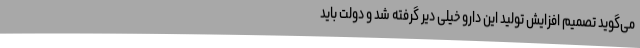
می‌گوید تصمیم افزایش تولید این دارو خیلی دیر گرفته شد و دولت باید